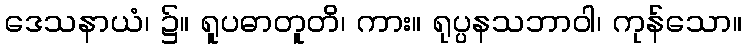
ဒေသနာယံ၊ ၌။ ရူပဓာတူတိ၊ ကား။ ရုပ္ပနသဘာဝါ၊ ကုန်သော။